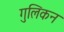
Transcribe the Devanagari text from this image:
गुलिकन